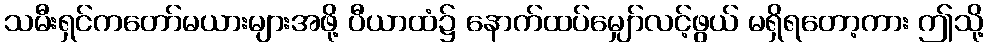
သမီးရှင်ကတော်မယားများအဖို့ ပီယာထံ၌ နောက်ထပ်မျှော်လင့်ဖွယ် မရှိရတော့ကား ဤသို့